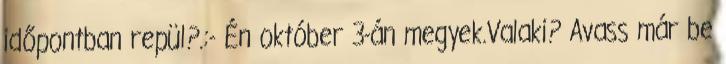
időpontban repül?.:- Én október 3-án megyek.Valaki? Avass már be